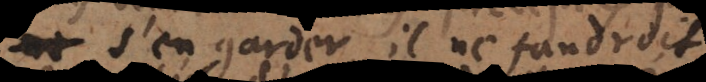
s’en garder, il ne faudroit